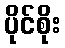
ပိုင်စိုး